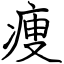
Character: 痩